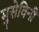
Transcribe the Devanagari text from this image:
मुसेविनी